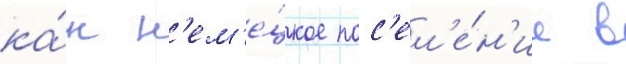
ка́к н'ем'е́цкое пос'ел'е́н'ие в